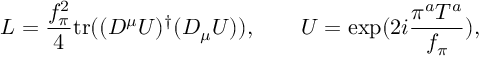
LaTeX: { \cal L } = \frac { f _ { \pi } ^ { 2 } } { 4 } \mathrm { t r } ( ( D ^ { \mu } U ) ^ { \dagger } ( D _ { \mu } U ) ) , \qquad U = \exp ( 2 i \frac { \pi ^ { a } T ^ { a } } { f _ { \pi } } ) ,